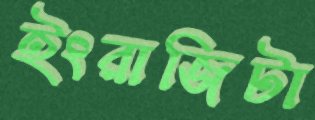
ইংরাজিটা